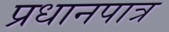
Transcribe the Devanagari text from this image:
प्रधानपात्र